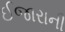
ઈજારાની